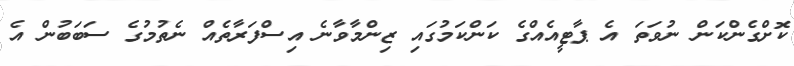
ކޮށްގެންކަން ނުވަތަ އެ ޕާޓީއެއްގެ ކަންކަމުގައި ޒިންމާވާނެ އިސްފަރާތެއް ނެތުމުގެ ސަބަބުން އެ